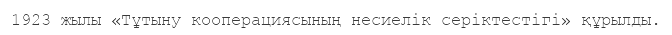
1923 жылы «Тұтыну кооперациясының несиелік серіктестігі» құрылды.